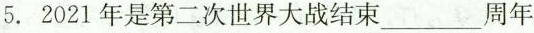
5.2021年是第二次世界大战结束___周年。